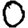
Digit: 0